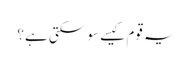
یہ قوم کیسے سو سکتی ہے؟